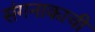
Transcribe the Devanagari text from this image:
संगनाकाची